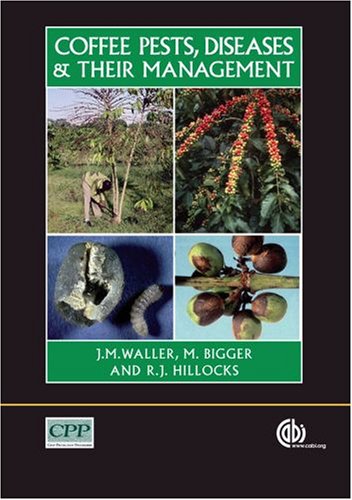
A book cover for Coffee Pests, Diseases and their Management; Jim M Waller; Science & Math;